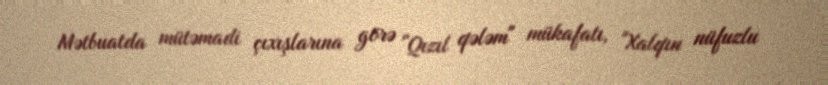
Mətbuatda mütəmadi çıxışlarına görə "Qızıl qələm" mükafatı, "Xalqın nüfuzlu